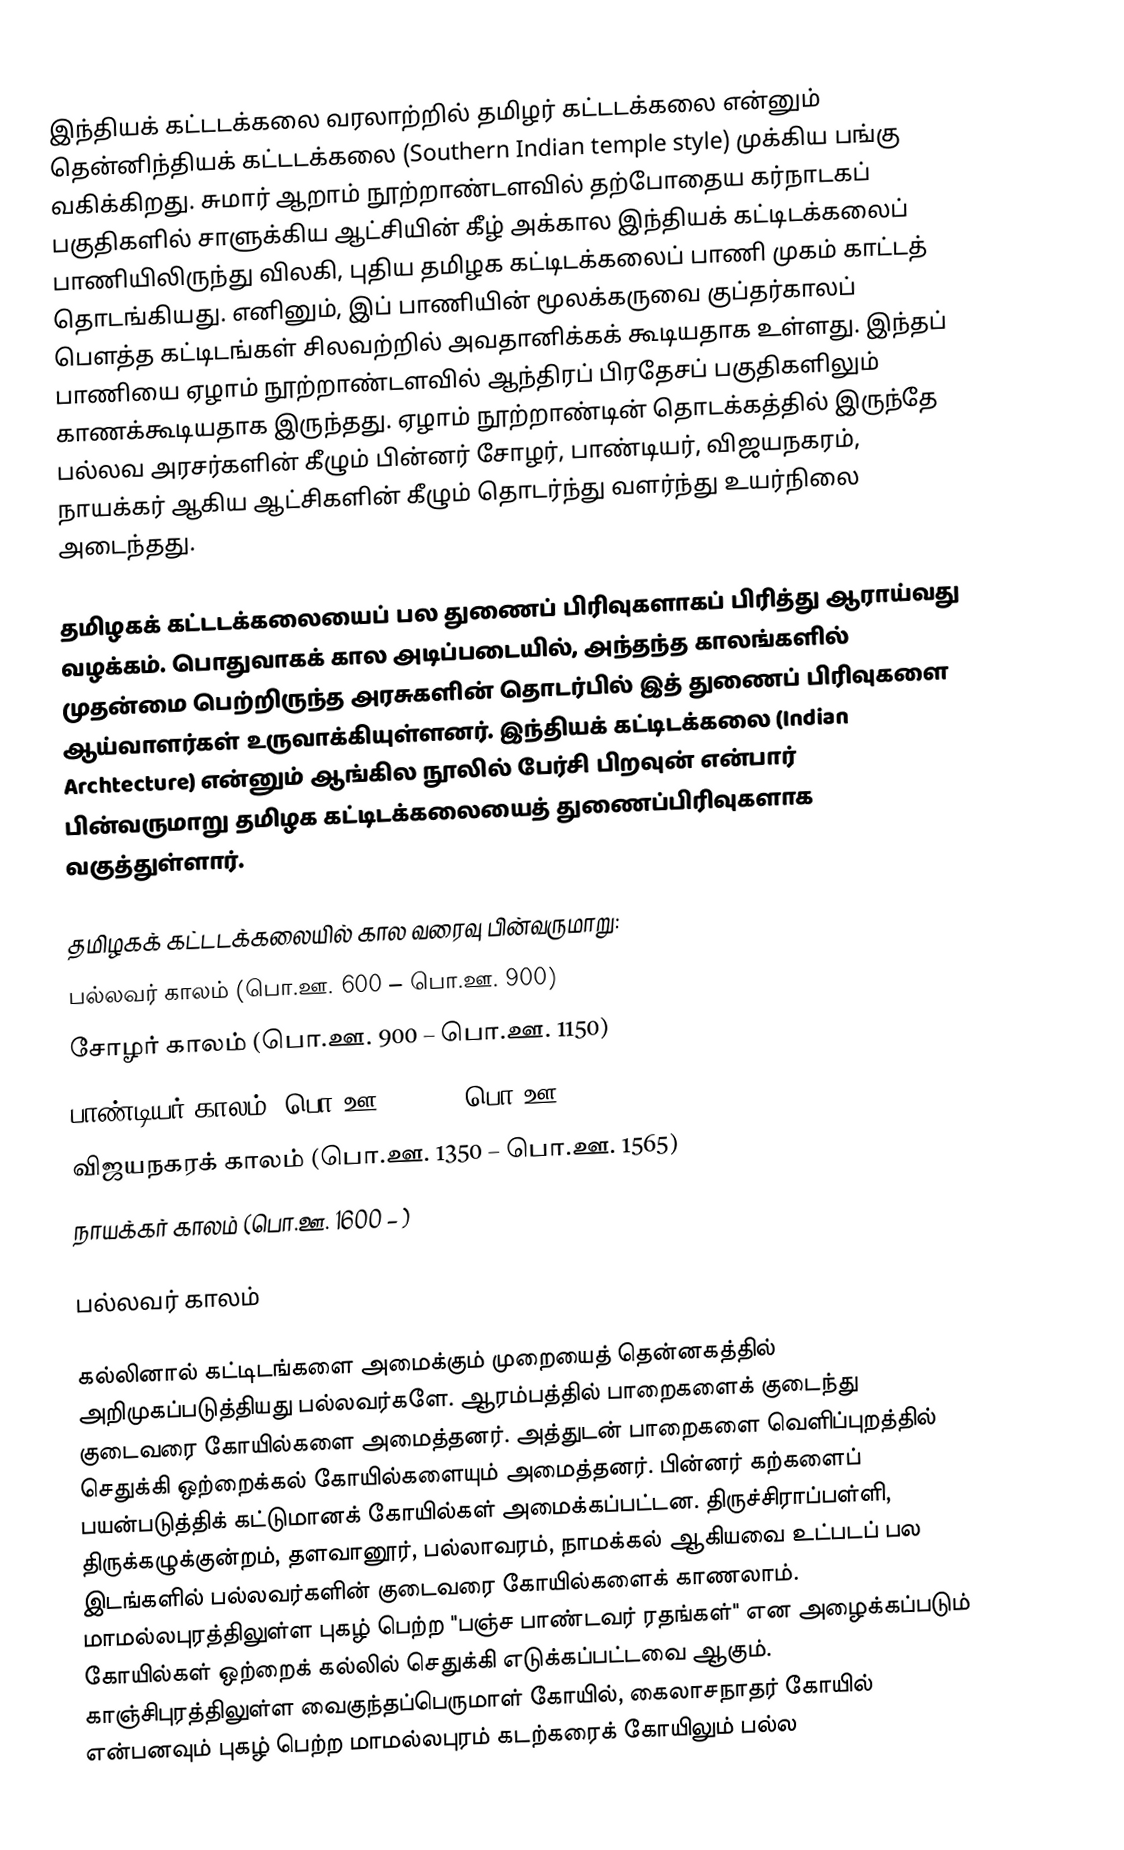
இந்தியக் கட்டடக்கலை வரலாற்றில் தமிழர் கட்டடக்கலை  என்னும் தென்னிந்தியக் கட்டடக்கலை (Southern Indian temple style) முக்கிய பங்கு வகிக்கிறது. சுமார் ஆறாம் நூற்றாண்டளவில் தற்போதைய கர்நாடகப் பகுதிகளில் சாளுக்கிய ஆட்சியின் கீழ் அக்கால இந்தியக் கட்டிடக்கலைப் பாணியிலிருந்து விலகி, புதிய தமிழக கட்டிடக்கலைப் பாணி முகம் காட்டத் தொடங்கியது. எனினும், இப் பாணியின் மூலக்கருவை குப்தர்காலப் பௌத்த கட்டிடங்கள் சிலவற்றில் அவதானிக்கக் கூடியதாக உள்ளது. இந்தப் பாணியை ஏழாம் நூற்றாண்டளவில் ஆந்திரப் பிரதேசப் பகுதிகளிலும் காணக்கூடியதாக இருந்தது. ஏழாம் நூற்றாண்டின் தொடக்கத்தில் இருந்தே பல்லவ அரசர்களின் கீழும் பின்னர் சோழர், பாண்டியர், விஜயநகரம், நாயக்கர் ஆகிய ஆட்சிகளின் கீழும் தொடர்ந்து வளர்ந்து உயர்நிலை அடைந்தது.

தமிழகக் கட்டடக்கலையைப் பல துணைப் பிரிவுகளாகப் பிரித்து ஆராய்வது வழக்கம். பொதுவாகக் கால அடிப்படையில், அந்தந்த காலங்களில் முதன்மை பெற்றிருந்த அரசுகளின் தொடர்பில் இத் துணைப் பிரிவுகளை ஆய்வாளர்கள் உருவாக்கியுள்ளனர். இந்தியக் கட்டிடக்கலை (Indian Archtecture) என்னும் ஆங்கில நூலில் பேர்சி பிறவுன் என்பார் பின்வருமாறு தமிழக கட்டிடக்கலையைத் துணைப்பிரிவுகளாக வகுத்துள்ளார்.

தமிழகக் கட்டடக்கலையில் கால வரைவு பின்வருமாறு:
 பல்லவர் காலம் (பொ.ஊ. 600 – பொ.ஊ. 900)
 சோழர் காலம் (பொ.ஊ. 900 – பொ.ஊ. 1150)
 பாண்டியர் காலம் (பொ.ஊ. 1100 – பொ.ஊ. 1350)
 விஜயநகரக் காலம் (பொ.ஊ. 1350 – பொ.ஊ. 1565)
 நாயக்கர் காலம் (பொ.ஊ. 1600 – )

பல்லவர் காலம்

கல்லினால் கட்டிடங்களை அமைக்கும் முறையைத் தென்னகத்தில் அறிமுகப்படுத்தியது பல்லவர்களே. ஆரம்பத்தில் பாறைகளைக் குடைந்து குடைவரை கோயில்களை அமைத்தனர். அத்துடன் பாறைகளை வெளிப்புறத்தில் செதுக்கி ஒற்றைக்கல் கோயில்களையும் அமைத்தனர். பின்னர் கற்களைப் பயன்படுத்திக் கட்டுமானக் கோயில்கள் அமைக்கப்பட்டன. திருச்சிராப்பள்ளி, திருக்கழுக்குன்றம், தளவானூர், பல்லாவரம், நாமக்கல் ஆகியவை உட்படப் பல இடங்களில் பல்லவர்களின் குடைவரை கோயில்களைக் காணலாம். மாமல்லபுரத்திலுள்ள புகழ் பெற்ற "பஞ்ச பாண்டவர் ரதங்கள்" என அழைக்கப்படும் கோயில்கள் ஒற்றைக் கல்லில் செதுக்கி எடுக்கப்பட்டவை ஆகும். காஞ்சிபுரத்திலுள்ள வைகுந்தப்பெருமாள் கோயில், கைலாசநாதர் கோயில் என்பனவும் புகழ் பெற்ற மாமல்லபுரம் கடற்கரைக் கோயிலும் பல்ல